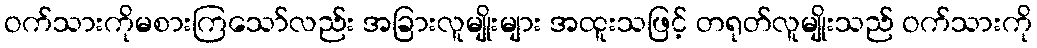
ဝက်သားကိုမစားကြသော်လည်း အခြားလူမျိုးများ အထူးသဖြင့် တရုတ်လူမျိုးသည် ဝက်သားကို